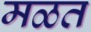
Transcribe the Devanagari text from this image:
मळत